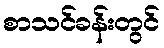
စာသင်ခန်းတွင်